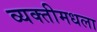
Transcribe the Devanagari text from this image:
व्यक्तीमधला